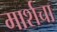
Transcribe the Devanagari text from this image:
मार्शचा